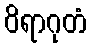
ဝိရာဂုတံ